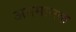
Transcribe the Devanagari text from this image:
अवमानक